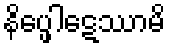
နိပ္ဖေါဋေဿာမိ